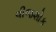
વીજશોક